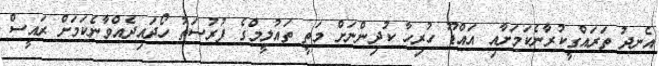
އެނދު ތަރައްގީކުރާނެކަމަށާއި އައްޑޫ ހުރިހާ ކުދިންނަށް މަތީ ތައުލީމްގެ ފުރުސަތު ހޯދައިދެއްވާނެކަމަށް ރައީސް